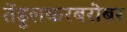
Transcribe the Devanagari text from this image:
तेंडूलकरबरोबर